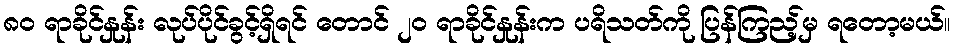
၈၀ ရာခိုင်နှုန်း လုပ်ပိုင်ခွင့်ရှိရင် တောင် ၂၀ ရာခိုင်နှုန်းက ပရိသတ်ကို ပြန်ကြည့်မှ ရတော့မယ်။